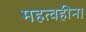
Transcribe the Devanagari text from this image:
महत्वहीन।